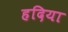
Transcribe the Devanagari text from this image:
हदिया